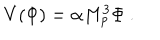
V ( \Phi ) = \alpha M _ { p } ^ { 3 } \Phi \ .